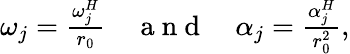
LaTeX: \begin{array}{r}{\omega_{j}=\frac{\omega_{j}^{H}}{r_{0}}\quad\mathrm{~a~n~d~}\quad\alpha_{j}=\frac{\alpha_{j}^{H}}{r_{0}^{2}},}\end{array}